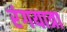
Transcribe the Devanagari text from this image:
रंगयात्रा